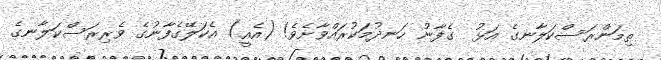
ތިމަންރަސްކަލާނގެ އަޅު  ގެފާނު ހަނދުމަކުރައްވާށެވެ! (އެއީ) އެކަލޭގެފާނުގެ ވެރިރަސްކަލާނގެ